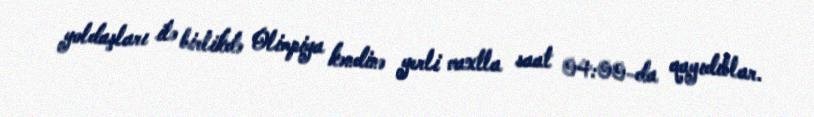
yoldaşları ilə birlikdə Olimpiya kəndinə yerli vaxtla saat 04:00-da qayıdıblar.